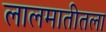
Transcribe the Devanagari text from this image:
लालमातीतला